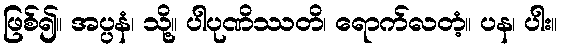
ဖြစ်၍။ အပ္ပနံ၊ သို့။ ပါပုဏိဿတိ၊ ရောက်လတံ့။ ပန၊ ပါး။